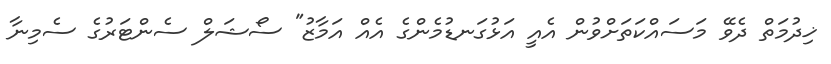
ޚިދުމަތް ދެވޭ މަސައްކަތަށްވުން އެއީ އަޅުގަނޑުމެންގެ އެއް އަމާޒު" ސޯޝަލް ސެންޓަރުގެ ސެމިނާ